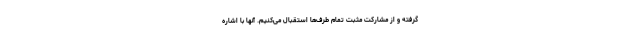
گرفته و از مشارکت مثبت تمام طرف‌ها استقبال می‌کنیم. آنها با اشاره